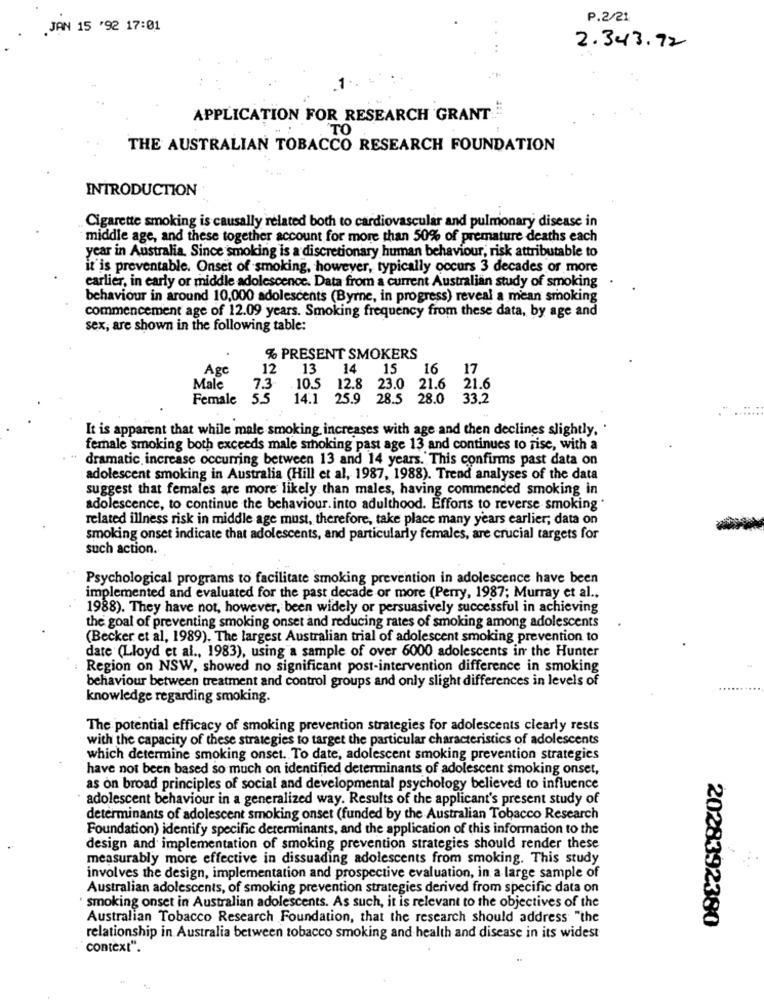
P.2/21
.JAN 15 '92 17:01
2.343.92
APPLICATION FOR RESEARCH GRANT
TO
THE AUSTRALIAN TOBACCO RESEARCH FOUNDATION
INTRODUCTION
Cigarette smoking is causally related both to cardiovascular and pulmonary disease in
middle age, and these together account for more than 50% of premature deaths each
year in Australia. Since smoking is a discretionary human behaviour, risk attributable to
it is preventable. Onset of smoking, however, typically occurs 3 decades or more
carlier, in early or middle adolescence. Data from a current Australian study of smoking
behaviour in around 10,000 adolescents (Byrne, in progress) reveal a mean smoking
commencement age of 12.09 years. Smoking frequency from these data, by age and
sex, are shown in the following table:
% PRESENT SMOKERS
Agc
12
13
14
15
16
17
Male
7.3
. 10.5
12.8 23.0 21.6
21.6
Female 5.5
14.1 25.9 28.5 28.0
33.2
It is apparent that while male smoking increases with age and then declines slightly. .
female smoking both exceeds male smoking past age 13 and continues to rise, with a
dramatic increase occurring between 13 and 14 years. This confirms past data on
adolescent smoking in Australia (Hill et al, 1987, 1988). Trend analyses of the data
suggest that females are more likely than males, having commenced smoking in
adolescence, to continue the behaviour.into adulthood. Efforts to reverse smoking *
related illness risk in middle age must, therefore, take place many years earlier; data on
smoking onset indicate that adolescents, and particularly females, are crucial targets for
such action.
Psychological programs to facilitate smoking prevention in adolescence have been
implemented and evaluated for the past decade or more (Perry, 1987; Murray et al .,
1988). They have not, however, been widely or persuasively successful in achieving
the goal of preventing smoking onset and reducing rates of smoking among adolescents
(Becker et al, 1989). The largest Australian trial of adolescent smoking prevention to
date (Lloyd et al ., 1983), using a sample of over 6000 adolescents in the Hunter
Region on NSW, showed no significant post-intervention difference in smoking
behaviour between treatment and control groups and only slight differences in levels of
knowledge regarding smoking.
The potential efficacy of smoking prevention strategies for adolescents clearly rests
with the capacity of these strategies to target the particular characteristics of adolescents
which determine smoking onset. To date, adolescent smoking prevention strategies
have not been based so much on identified determinants of adolescent smoking onset,
as on broad principles of social and developmental psychology believed to influence
adolescent behaviour in a generalized way. Results of the applicant's present study of
determinants of adolescent smoking onset (funded by the Australian Tobacco Research
Foundation) identify specific determinants, and the application of this information to the
design and implementation of smoking prevention strategies should render these
measurably more effective in dissuading adolescents from smoking. This study
involves the design, implementation and prospective evaluation, in a large sample of
Australian adolescents, of smoking prevention strategies derived from specific data on
smoking onset in Australian adolescents. As such, it is relevant to the objectives of the
Australian Tobacco Research Foundation, that the research should address "the
2028392380
relationship in Australia between tobacco smoking and health and disease in its widest
context".